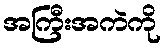
အကြီးအကဲကို